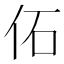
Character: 佦